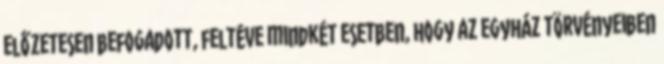
előzetesen befogadott, feltéve mindkét esetben, hogy az egyház törvényeiben